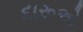
દારૂએ